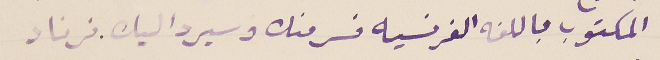
المكتوب باللغه الفرنسيه فسر منك وسيرد اليك. فرناد